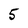
Character: 5